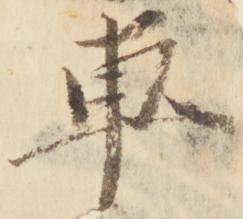
車